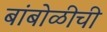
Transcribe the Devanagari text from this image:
बांबोळीची